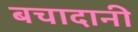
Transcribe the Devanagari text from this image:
बचादानी